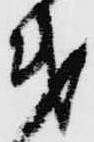
第